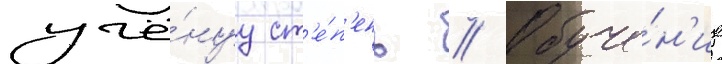
учё́нуу ст'е́п'ень // Обуче́н'ие